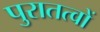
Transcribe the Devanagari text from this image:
पुरातत्वों